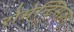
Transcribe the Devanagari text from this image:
रोमेन्ट्सिज़म्